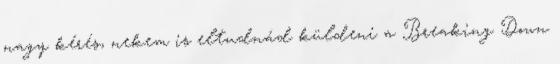
nagy kérés, nekem is eltudnád küldeni a Breaking Down